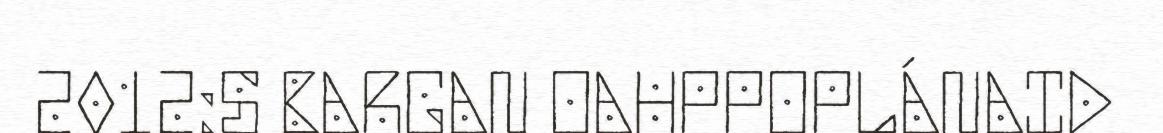
2012:S BARGAN OAHPPOPLÁNAID